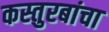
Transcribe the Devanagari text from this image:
कस्तुरबांचा